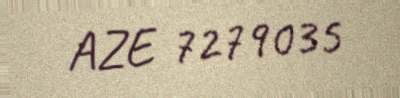
AZE 7279035